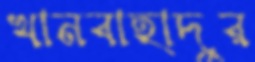
খানবাহাদুর